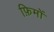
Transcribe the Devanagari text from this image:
फ़िमों